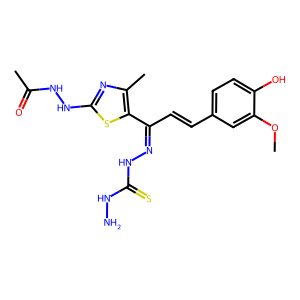
SMILES: COc1cc(C=CC(=NNC(=S)NN)c2sc(NNC(C)=O)nc2C)ccc1O
Inhibits HIV replication: No